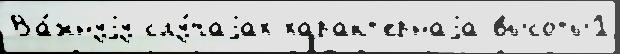
Ва́жнуjу слу́чаjах характ'ернаjа высоты1